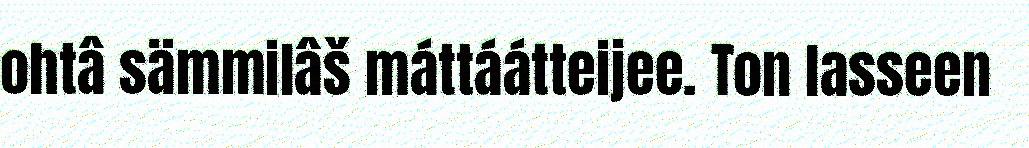
ohtâ sämmilâš máttáátteijee. Ton lasseen